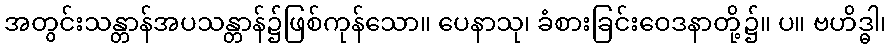
အတွင်းသန္တာန်အပသန္တာန်၌ဖြစ်ကုန်သော။ ပေနာသု၊ ခံစားခြင်းဝေဒနာတို့၌။ ပ။ ဗဟိဒ္ဓါ၊